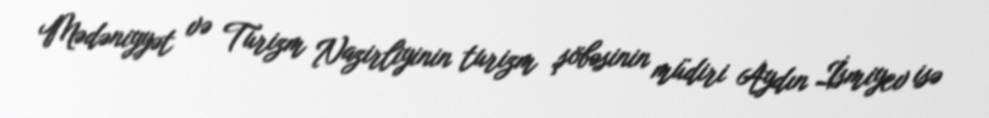
Mədəniyyət və Turizm Nazirliyinin turizm şöbəsinin müdiri Aydın İsmiyev isə